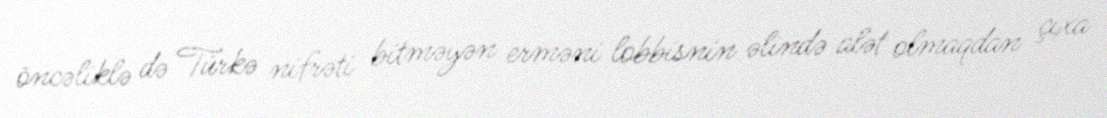
öncəliklə də Türkə nifrəti bitməyən erməni lobbisnin əlində alət olmaqdan çıxa